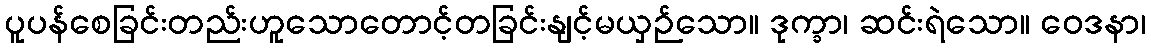
ပူပန်စေခြင်းတည်းဟူသောတောင့်တခြင်းနျင့်မယှဉ်သော။ ဒုက္ခာ၊ ဆင်းရဲသော။ ဝေဒနာ၊